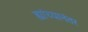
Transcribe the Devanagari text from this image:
ह्यांच्यानंतर